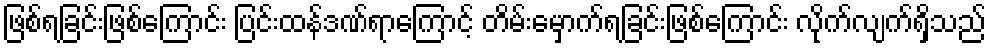
ဖြစ်ရခြင်းဖြစ်ကြောင်း ပြင်းထန်ဒဏ်ရာကြောင့် တိမ်းမှောက်ရခြင်းဖြစ်ကြောင်း လိုက်လျက်ရှိသည်